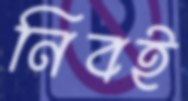
নিবই